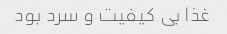
غذا بی کیفیت و سرد بود